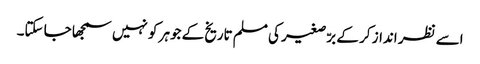
اسے نظر انداز کر کے برّصغیر کی مسلم تاریخ کے جوہر کو نہیں سمجھا جا سکتا۔